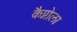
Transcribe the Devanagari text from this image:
कैग्नोला